Annual report on the working of the mental hospitals in the Madras Presidency - 1912-1932
Year: 1912
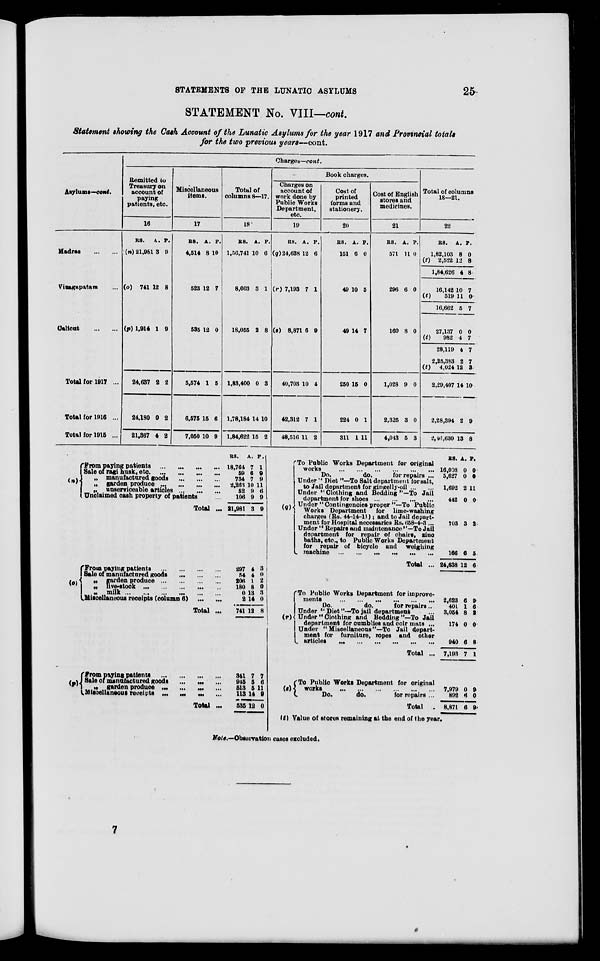
STATEMENTS OF THE LUNATIC ASYLUMS
25
STATEMENT No. VIII—cont.
Statement showing the Cash Account of the Lunatic Asylums for the year 1917 and Provincial totals
for the two previous years—cont.
Asylums—cont.
Madras
...
...
Vizagapatam ...
Calicut
...
...
Total for 1917 ...
Total for 1916 ...
Total for 1915 ...
Charges—cont.
Remitted to
Treasury on
account of
paying
patients, etc.
16
RS.
(n) 21,981
A.
3
P.
9
(o) 741 12 8
(p) 1,914 1 9
24,637
24,180
21,367
2
0
4
2
2
2
Miscellaneous
items.
17
RS.
4,514
A.
8
P.
10
523 12 7
535 12 0
5,574
6,575
7,050
1
15
10
5
6
9
Total of
columns 8—17.
18
RS.
1,56,741
A.
10
P.
6
8,603 3 1
18,055 2 8
1,83,400
1,78,184
1,84,622
0
14
15
3
10
2
Book charges.
Charges on
account of
work done by
Public Works
Department,
etc.
19
RS.
(q)24,638
A.
12
P.
6
(r) 7,193 7 1
(s) 8,871 6 9
40,703
42,312
48,516
10
7
11
4
1
2
Cost of
printed
forms and
stationery.
20
RS.
151
A.
6
P.
0
49 10 5
49 14 7
250
224
311
15
0
1
0
1
11
Cost of English
stores and
medicines.
21
RS.
571
A.
11
P.
0
296 6 0
160 8 0
1,028
2,325
4,043
9
3
5
0
0
3
Total of columns
18—21.
22
RS.
1,82,103
(t) 2,522
1,84,626
16,142
(t)
519
16,662
27,137
(t)
982
28,119
2,25,383
(t) 4,024
2,29,407
2,28,394
2,46,630
A.
8
12
4
10
11
5
0
4
4
2
12
14
2
13
P.
0
8
8
7
0
7
0
7
7
7
3
10
9
8
(n) From paying patients ...
...
...
...
Sale of ragi husk, etc. ... ... ... ...
„ manufactured goods ... ... ... ...
„ garden produce
...
...
...
...
„ unserviceable articles
...
...
...
Unclaimed cash property of patients
...
Total ...
(o)
From paying patients ... ... ... ...
Sale of manufactured goods
...
...
...
„ garden produce
...
...
...
...
„ live-stock
...
...
...
...
„ milk
...
...
...
...
Miscellaneous receipts (column 6)
...
...
Total ...
(p)
From paying patients ... ... ... ...
Sale of manufactured goods
...
...
...
„
garden produce
...
...
...
...
Miscellaneous receipts
...
...
...
...
Total ...
RS.
18,764
59
734
2,263
52
106
21,981
297
54
206
180
0
2
741
341
945
513
113
535
A.
7
6
7
10
9
9
3
4
4
1
8
13
14
12
7
5
5
14
12
P.
1
9
9
11
6
9
9
3
0
2
0
3
0
8
7
6
11
9
0
(q) To Public Works Department for original
works
...
...
...
...
...
...
Do.
do.
for repairs ...
Under " Diet "—To Salt department for salt,
to Jail department for gingelly-oil ... ...
Under "Clothing and Bedding"—To Jail
department for shoes
...
...
...
...
Under " Contingencies proper "—To Public
Works Department for lime-washing
charges (Rs. 44-14-11); and to Jail depart-
ment for Hospital necessaries Rs. 658-4-3 ...
Under " Repairs and maintenance"—To Jail
department for repair of chairs, sinc
baths, etc., to Public Works Department
for repair of bicycle and weighing
machine
...
...
...
...
...
...
Total ...
(r)
To Public Works Department for improve-
ments
...
...
...
...
...
Do.
do.
for repairs ..
Under " Diet "—To jail department ...
Under " Clothing and Bedding " —To Jail
department for cumblies and coir mats ...
Under "Miscellaneous"—To Jail depart-
ment for furniture, ropes and other
articles
...
...
...
...
...
...
Total ...
(s)
To Public Works Department for original
works
...
...
...
...
...
...
Do.
do.
for repairs ...
Total ...
(t)
RS.
16,008
5,627
1,692
442
703
166
24,638
2,623
401
3,054
174
940
7,193
7,979
892
8,871
A.
0
0
2
0
3
6
12
6
1
8
0
6
7
0
6
6
P.
0
0
11
0
2
5
6
9
6
2
0
8
1
9
0
9
Value of stores remaining at the end of the year.
Note.—Observation cases excluded.
7